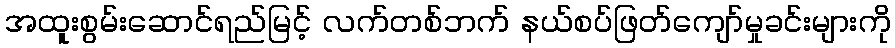
အထူးစွမ်းဆောင်ရည်မြင့် လက်တစ်ဘက် နယ်စပ်ဖြတ်ကျော်မှုခင်းများကို